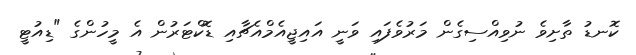
ކޮނޑު ތާށިވެ ނުވިއްސިގެން މަރުވެފައި ވަނީ އައިޖީއެމްއެޗާއި ޑޮކްޓަރުން އެ މީހުންގެ "ޑިއުޓީ